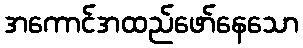
အကောင်အထည်ဖော်နေသော